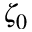
\zeta _ { 0 }